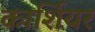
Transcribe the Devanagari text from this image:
कार्शियर